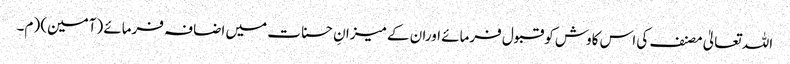
اللہ تعالیٰ مصنف کی اس کاوش کوقبول فرمائے اوران کے میزانِ حسنات میں اضافہ فرمائے (آمین) (م۔